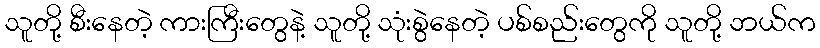
သူတို့ စီးနေတဲ့ ကားကြီးတွေနဲ့ သူတို့ သုံးစွဲနေတဲ့ ပစ်စည်းတွေကို သူတို့ ဘယ်က